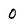
Character: 0